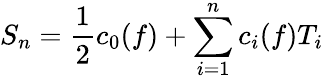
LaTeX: S_{n}={\frac{1}{2}}c_{0}(f)+\sum_{i=1}^{n}c_{i}(f)T_{i}